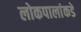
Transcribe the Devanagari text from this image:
लोकपालांकडे